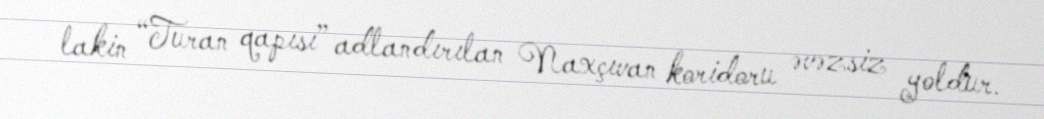
lakin “Turan qapısı” adlandırılan Naxçıvan koridoru əvəzsiz yoldur.